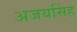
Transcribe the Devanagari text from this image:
अजयसिंह